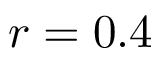
r = 0 . 4